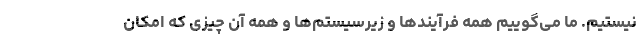
نیستیم. ما می‌گوییم همه فرآیندها و زیرسیستم‌ها و همه آن چیزی که امکان